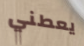
يعطني